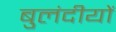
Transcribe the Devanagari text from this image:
बुलंदीयों